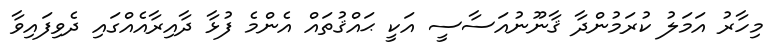
މިހާރު އަމަލު ކުރަމުންދާ ޤާނޫނުއަސާސީ އަކީ ޙައްޤުތައް އެންމެ ފުޅާ ދާއިރާއެއްގައި ދެވިފައިވާ